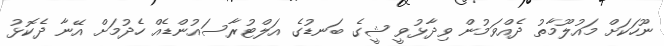
ނޫހަކަށް މައުލޫމާތު ދެއްވަމުން ވިދާޅުވީ ޝީގެ ބަނޑުގެ އަލްޓުރާސައުންޑެއް ހެދުމަށް އޭނާ ދެކޮޅު